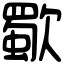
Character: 歜